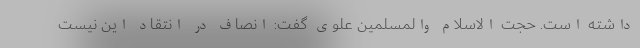
داشته است. حجت الاسلام والمسلمین علوی گفت: انصاف در انتقاد این نیست